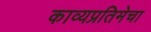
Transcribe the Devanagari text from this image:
काव्यप्रतिमेचा